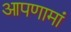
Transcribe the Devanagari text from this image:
आपणामां